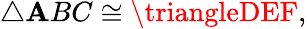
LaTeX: \triangle\mathbf{A}BC\cong\triangleDEF,